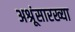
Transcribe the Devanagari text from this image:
अश्रूंसारख्या